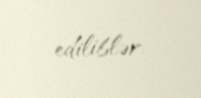
ediliblər.